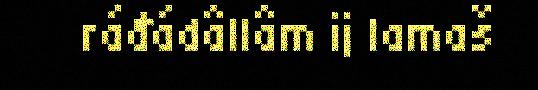
ráđádâllâm ij lamaš